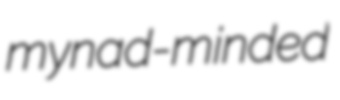
mynad-minded